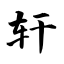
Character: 轩